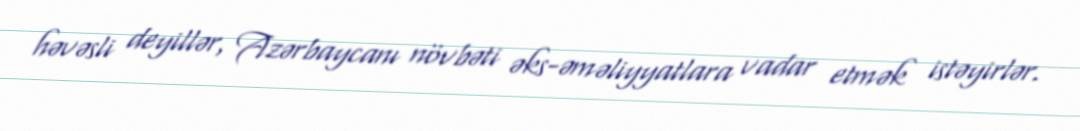
həvəsli deyillər, Azərbaycanı növbəti əks-əməliyyatlara vadar etmək istəyirlər.